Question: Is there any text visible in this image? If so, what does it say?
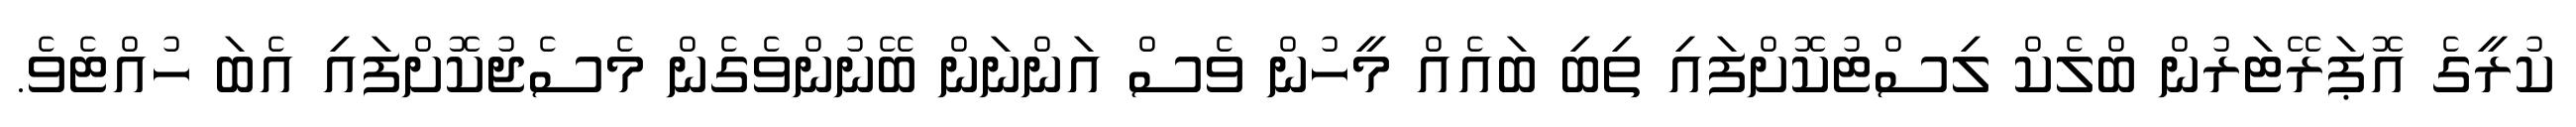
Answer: ކުރީގެ އޮޕަރޭޓަރުން ބްލެކް ލިސްޓުކޮށްފައި ތިބި ބައެއް މީހުން ވެސް އަންނަން ބޭނުންވެގެން މެސެޖުކޮށްފައި އެބަ ހުއްޓެވެ.